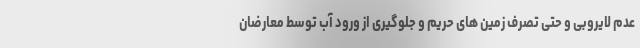
عدم لایروبی و حتی تصرف زمین های حریم و جلوگیری از ورود آب توسط معارضان